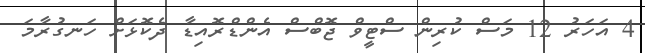
4 އަހަރު 12 މަސް ކުރިން ސްޓީވް ޖޮބްސް އެންޑްރޮއިޑާ ދެކޮޅަށް ހަނގުރާމަ